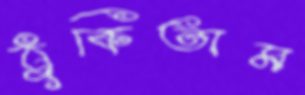
ঠুকিতাম